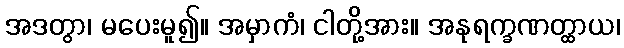
အဒတွာ၊ မပေးမူ၍။ အမှာကံ၊ ငါတို့အား။ အနုရက္ခဏတ္ထာယ၊